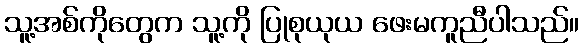
သူ့အစ်ကိုတွေက သူ့ကို ပြုစုယုယ ဖေးမကူညီပါသည်။